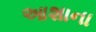
આશાના